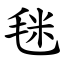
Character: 毩